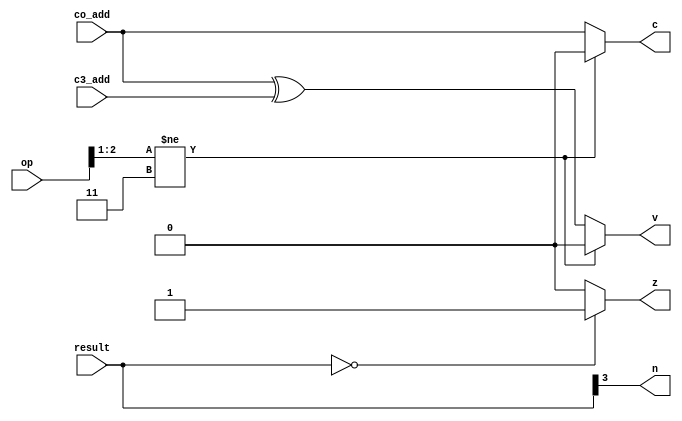
//calculate flags
module cal_flags4(c, n, z, v, op, result, co_add, c3_add);
	input [2:0] op;			//operation
	input [3:0] result;		//output
	input co_add, c3_add;	
	output c, n, z, v;		//condition flag	
	
	assign c = (op[2:1] != 2'b11) ? 1'b0 : co_add;				//Carry
	assign n = result[3]; //MSB										//Negative
	assign z = (result == 4'b0) ? 1'b1 : 1'b0;					//Zero
	assign v = (op[2:1] != 2'b11) ? 1'b0 : co_add ^ c3_add;	//Overflow
endmodule